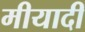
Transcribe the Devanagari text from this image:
मीयादी